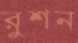
রুশন